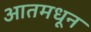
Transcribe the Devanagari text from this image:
आतमधून